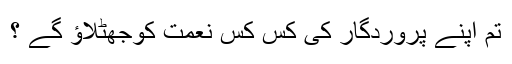
تم اپنے پروردگار کی کِس کِس نعمت کوجھٹلاؤ گے ؟